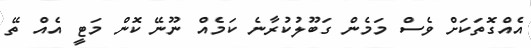
އެއްގޮތަކަށް ވެސް މަމެން ގަބޫލުކުރާނެ ކަމެއް ނޫނޭ ކޮން މަޓީ އެއް ތޭ